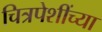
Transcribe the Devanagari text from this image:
चित्रपेशींच्या